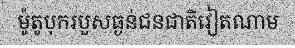
ម៉ូតូបុករបួសធ្ងន់ជនជាតិវៀតណាម